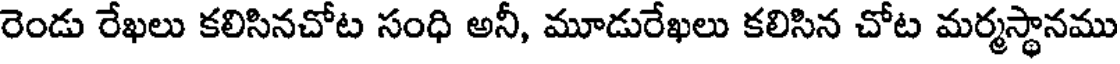
రెండు రేఖలు కలిసినచోట సంధి అనీ, మూడురేఖలు కలిసిన చోట మర్మస్థానము